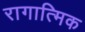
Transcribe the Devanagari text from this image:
रागात्मिक